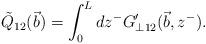
LaTeX: \begin{align*}\tilde{Q}_{12}(\vec b)=\int^L_0 dz^- G'_{\bot 12}({\vec b},z^-).\end{align*}